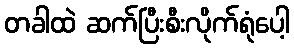
တခါထဲ ဆက်ပြီးစီးလိုက်ရုံပေါ့